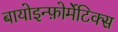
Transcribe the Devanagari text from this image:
बायोइन्फ़ोर्मेटिक्स